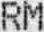
RM